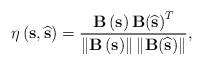
LaTeX: \begin{align*}\eta \left( {{\mathbf{s}},\widehat {\mathbf{s}}} \right) = \frac{{{\mathbf{B}}\left( {\mathbf{s}} \right){\mathbf{B}}{{\left( {\widehat {\mathbf{s}}} \right)}^T}}}{{\left\| {{\mathbf{B}}\left( {\mathbf{s}} \right)} \right\|\left\| {{\mathbf{B}}{{\left( {\widehat {\mathbf{s}}} \right)}}} \right\|}},\end{align*}